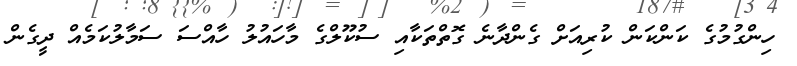
ހިންގުމުގެ ކަންކަން ކުރިއަށް ގެންދާނެ ގޮތްތަކާއި ސުކޫލްގެ މާހައުލު ހާއްސަ ސަމާލުކަމެއް ދީގެން